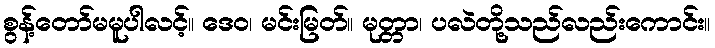
စွန့်တော်မမူပါလင့်။ ဒေဝ၊ မင်းမြတ်။ မုတ္တာ၊ ပလဲတို့သည်လည်းကောင်း။